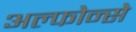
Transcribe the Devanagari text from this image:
अल्फोन्से